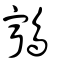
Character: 鸋